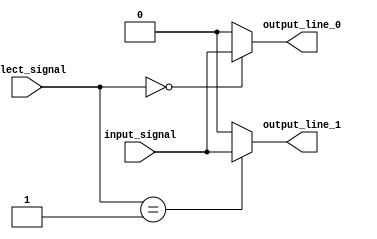
module demultiplexer(
    input wire input_signal,
    input wire [1:0] select_signal,
    output reg output_line_0,
    output reg output_line_1
);

always @(*)
begin
    case(select_signal)
        2'b00: begin
            output_line_0 = input_signal;
            output_line_1 = 1'b0;
        end
        2'b01: begin
            output_line_0 = 1'b0;
            output_line_1 = input_signal;
        end
        default: begin
            output_line_0 = 1'b0;
            output_line_1 = 1'b0;
        end
    endcase
end
endmodule